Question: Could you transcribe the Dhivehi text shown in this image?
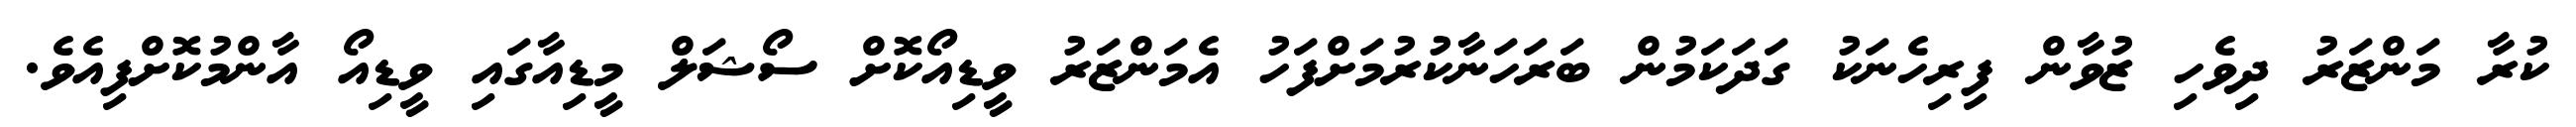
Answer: ކުރާ މަންޒަރު ދިވެހި ޒުވާން ފިރިހެނަކު ގަދަކަމުން ބަރަހަނާކުރުމަށްފަހު އެމަންޒަރު ވީޑިއޯކޮށް ސޯޝަލް މީޑިއާގައި ވީޑިއޯ އާންމުކޮށްފިއެވެ.